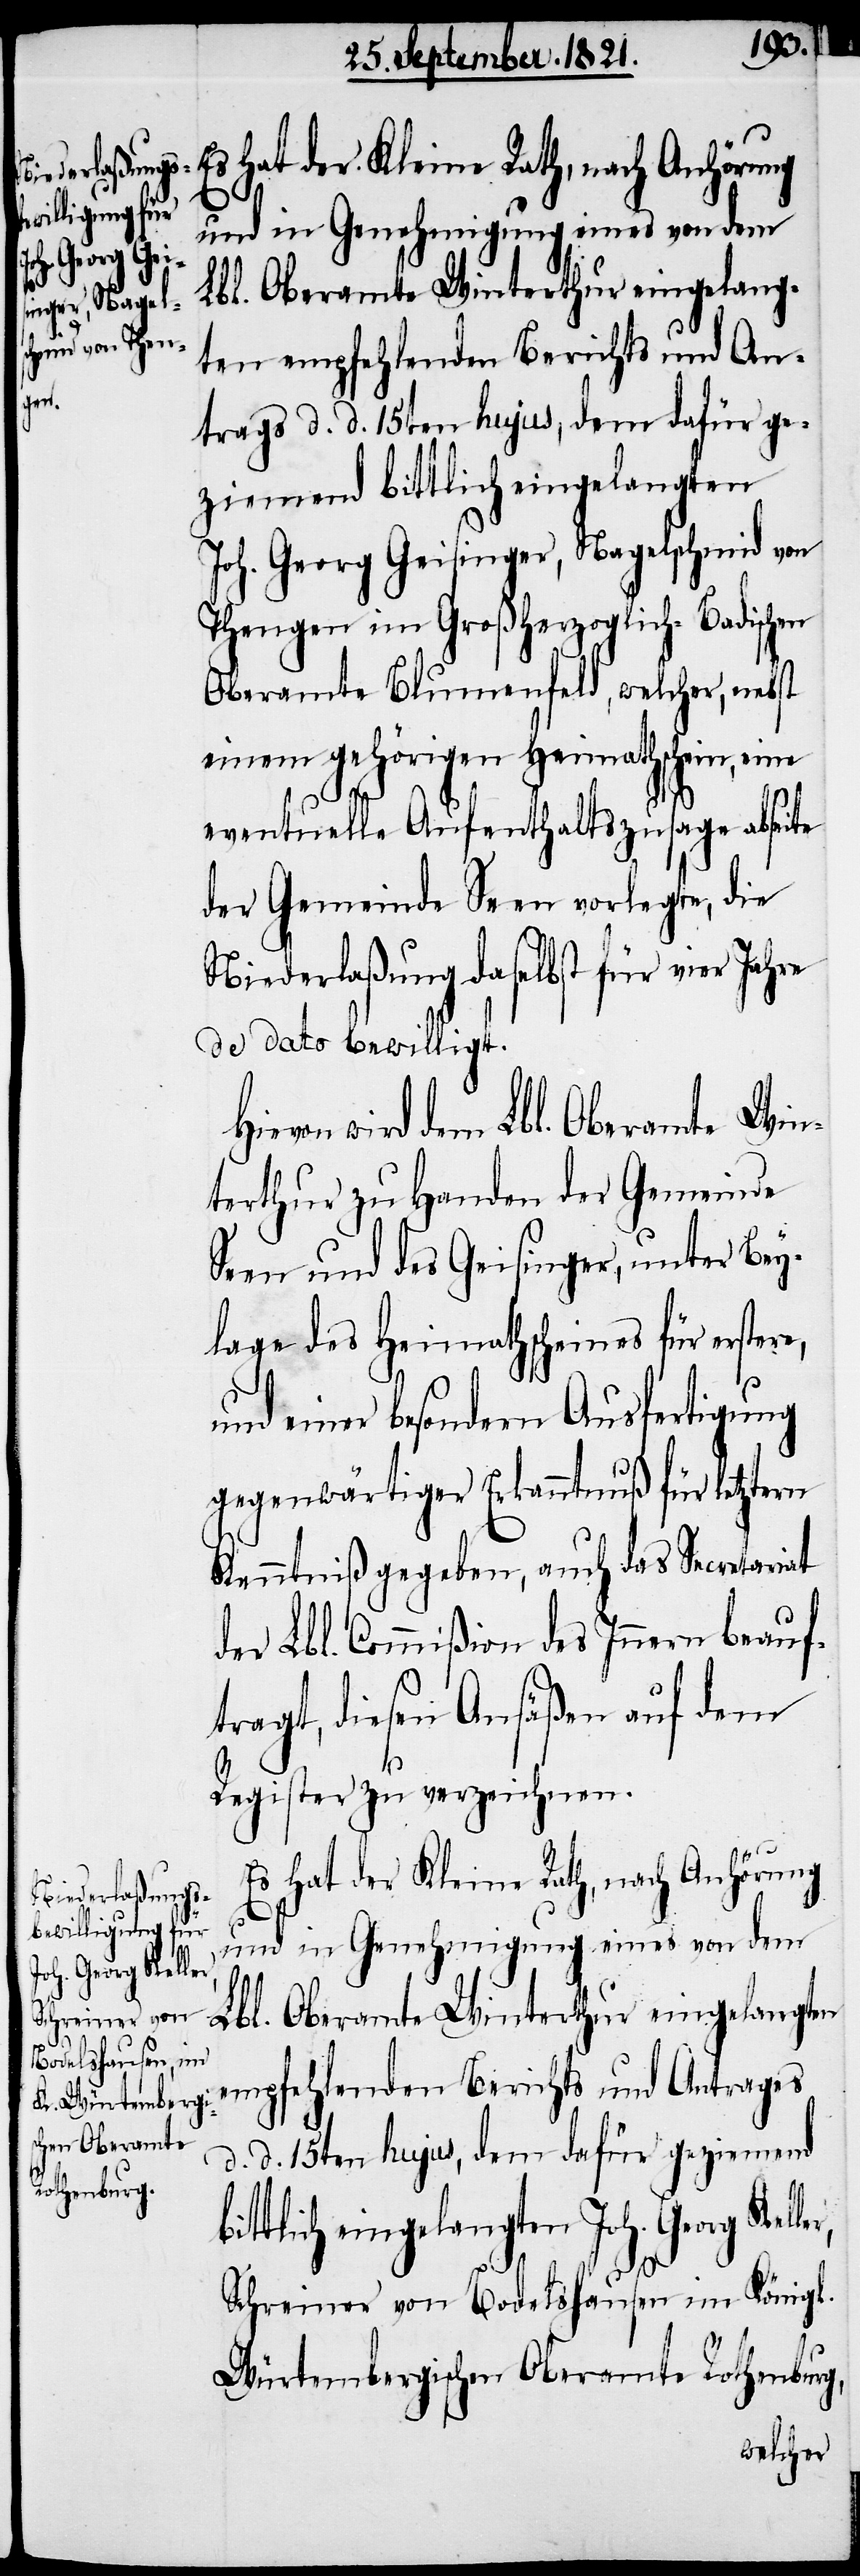
und in Genehmigung eines von dem
Lbl. Oberamte Winterthur eingelang¬
ten empfehlenden Berichts und An¬
trages d. d. 15ten hujus, dem dafür ge¬
ziemend bittlich eingelangten
Joh. Georg Geisinger, Nagelschmid von
Thengen im Großherzoglich-Badischen
Oberamte Blumenfeld, welcher, nebst
einem gehörigen Heimathschein, eine
eventuelle Aufenthaltszusage abseite
der Gemeinde Seen vorlegte, die
Niederlaßung daselbst für vier Jahre
de dato bewilligt.
Hievon wird dem Lbl. Oberamte Win¬
terthur zu Handen der Gemeinde
Seen und des Geisinger, unter Bey¬
lage des Heimathscheins für erster¬
und einer besondern Ausfertigung
gegenwärtiger Erkanntnuß für letztern
Kenntniß gegeben, auch das Secretariat
der Lbl. Commißion des Innern beauf¬
tragt, diesen Ansäßen auf dem
Register zu verzeichnen.
Es hat der Kleine Rath, nach Anhörung
oh. Georg Kelle¬
g,
Schreiner von Bodelshausen im Königl.
Würtembergischen Oberamte Rothenbur¬